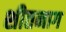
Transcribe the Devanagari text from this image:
शीतनाग